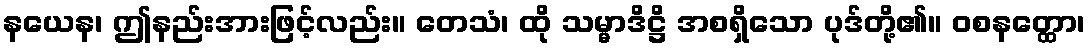
နယေန၊ ဤနည်းအားဖြင့်လည်း။ တေသံ၊ ထို သမ္မာဒိဋ္ဌိ အစရှိသော ပုဒ်တို့၏။ ဝစနတ္ထော၊